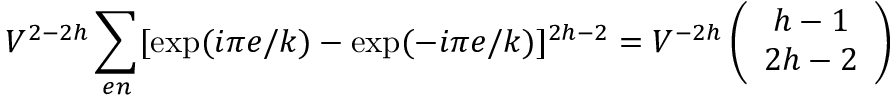
V ^ { 2 - 2 h } \sum _ { e n } [ \mathrm { e x p } ( i \pi e / k ) - \mathrm { e x p } ( - i \pi e / k ) ] ^ { 2 h - 2 } = V ^ { - 2 h } \left( \begin{array} { c } { { h - 1 } } \\ { { 2 h - 2 } } \end{array} \right)